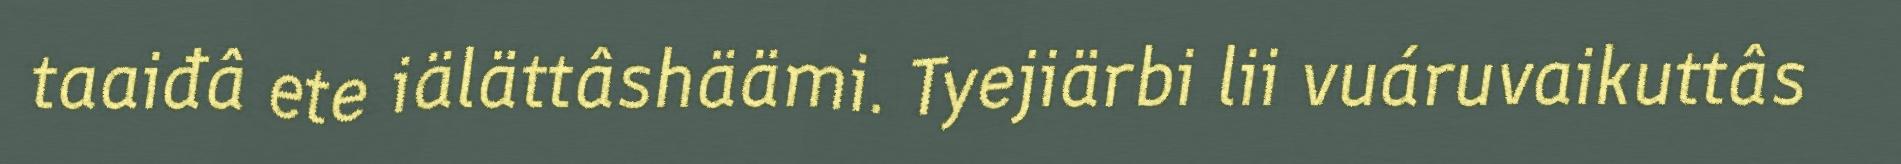
taaiđâ ete iälättâshäämi. Tyejiärbi lii vuáruvaikuttâs